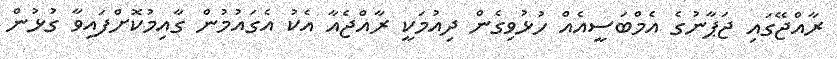
ރާއްޖޭގައި ޖަޕާނުގެ އެމްބަސީއެއް ހުޅުވިގެން ދިއުމަކީ ރާއްޖެއާ އެކު އެގައުމުން ގާއިމުކޮށްފައިވާ ގުޅުން